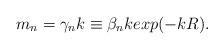
LaTeX: \begin{align*} m_n = \gamma_n k \equiv \beta_n k exp(-kR).\end{align*}